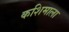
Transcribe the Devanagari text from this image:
कशिमाला